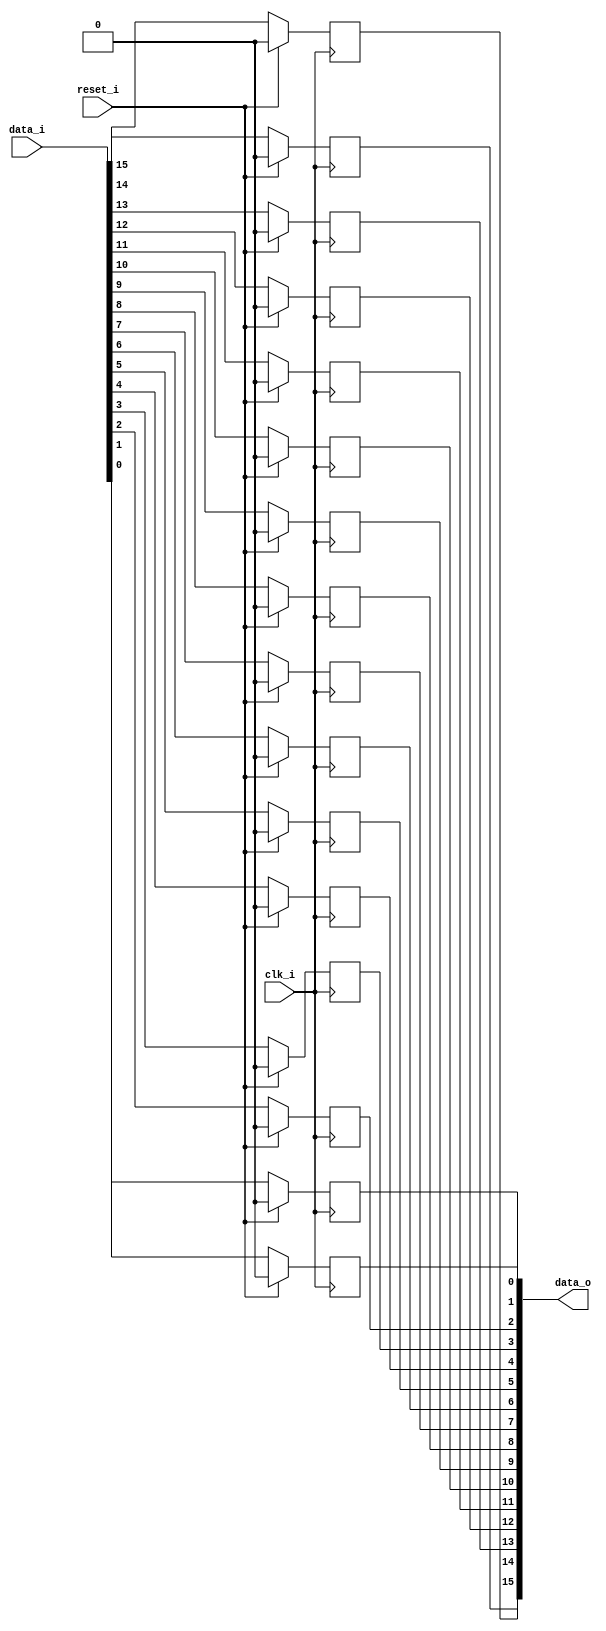
// This program was cloned from: https://github.com/chipsalliance/UHDM-integration-tests
// License: Apache License 2.0

/* Generated by Yosys 0.27+9 (git sha1 101d19bb6, gcc 11.2.0-7ubuntu2 -fPIC -Os) */

(* top =  1  *)

module bsg_dff_negedge_reset(clk_i, reset_i, data_i, data_o);
  
  input clk_i;
  wire clk_i;
  
  input [15:0] data_i;
  wire [15:0] data_i;
  
  output [15:0] data_o;
  wire [15:0] data_o;
  
  reg [15:0] data_r;
  
  input reset_i;
  wire reset_i;
  
  always @(negedge clk_i)
    if (reset_i) data_r[0] <= 1'h0;
    else data_r[0] <= data_i[0];
  
  always @(negedge clk_i)
    if (reset_i) data_r[1] <= 1'h0;
    else data_r[1] <= data_i[1];
  
  always @(negedge clk_i)
    if (reset_i) data_r[2] <= 1'h0;
    else data_r[2] <= data_i[2];
  
  always @(negedge clk_i)
    if (reset_i) data_r[3] <= 1'h0;
    else data_r[3] <= data_i[3];
  
  always @(negedge clk_i)
    if (reset_i) data_r[4] <= 1'h0;
    else data_r[4] <= data_i[4];
  
  always @(negedge clk_i)
    if (reset_i) data_r[5] <= 1'h0;
    else data_r[5] <= data_i[5];
  
  always @(negedge clk_i)
    if (reset_i) data_r[6] <= 1'h0;
    else data_r[6] <= data_i[6];
  
  always @(negedge clk_i)
    if (reset_i) data_r[7] <= 1'h0;
    else data_r[7] <= data_i[7];
  
  always @(negedge clk_i)
    if (reset_i) data_r[8] <= 1'h0;
    else data_r[8] <= data_i[8];
  
  always @(negedge clk_i)
    if (reset_i) data_r[9] <= 1'h0;
    else data_r[9] <= data_i[9];
  
  always @(negedge clk_i)
    if (reset_i) data_r[10] <= 1'h0;
    else data_r[10] <= data_i[10];
  
  always @(negedge clk_i)
    if (reset_i) data_r[11] <= 1'h0;
    else data_r[11] <= data_i[11];
  
  always @(negedge clk_i)
    if (reset_i) data_r[12] <= 1'h0;
    else data_r[12] <= data_i[12];
  
  always @(negedge clk_i)
    if (reset_i) data_r[13] <= 1'h0;
    else data_r[13] <= data_i[13];
  
  always @(negedge clk_i)
    if (reset_i) data_r[14] <= 1'h0;
    else data_r[14] <= data_i[14];
  
  always @(negedge clk_i)
    if (reset_i) data_r[15] <= 1'h0;
    else data_r[15] <= data_i[15];
  assign data_o = data_r;
endmodule